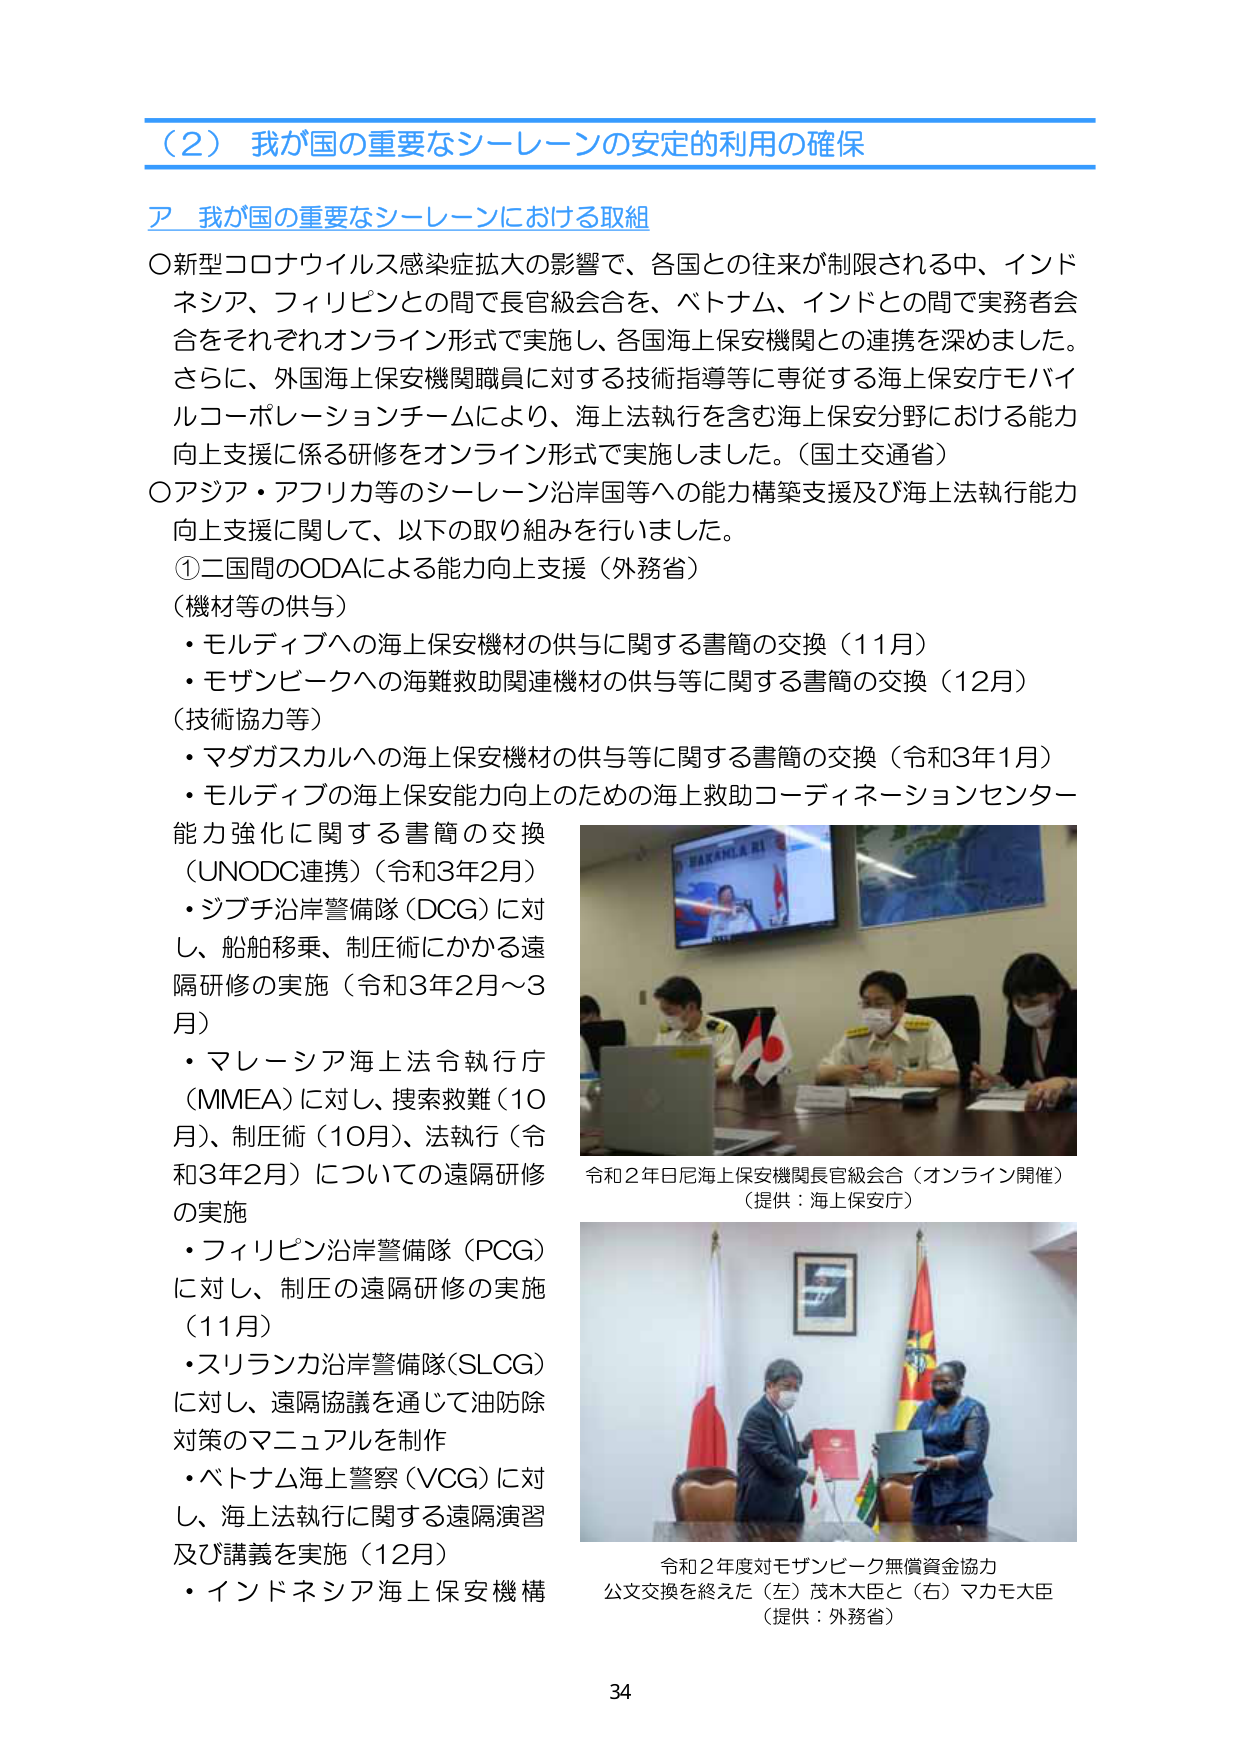
（2）我が国の重要なシーレーンの安定的利用の確保

ア 我が国の重要なシーレーンにおける取組

〇新型コロナウイルス感染症拡大の影響で、各国との往来が制限される中、インドネシア、フィリピンとの間で長官級会合を、ベトナム、インドとの間で実務者会合をそれぞれオンライン形式で実施し、各国海上保安機関との連携を深めました。さらに、外国海上保安機関職員に対する技術指導等に専従する海上保安庁モバイルコーポレーションチームにより、海上法執行を含む海上保安分野における能力向上支援に係る研修をオンライン形式で実施しました。（国土交通省）

〇アジア・アフリカ等のシーレーン沿岸国等への能力構築支援及び海上法執行能力向上支援に関して、以下の取り組みを行いました。

①二国間のODAによる能力向上支援（外務省）

（機材等の供与）
・モルディブへの海上保安機材の供与に関する書簡の交換（11月）
・モザンビークへの海難救助関連機材の供与等に関する書簡の交換（12月）

（技術協力等）
・マダガスカルへの海上保安機材の供与等に関する書簡の交換（令和3年1月）
・モルディブの海上保安能力向上のための海上救助コーディネーションセンター能力強化に関する書簡の交換（UNODC連携）（令和3年2月）
・ジブチ沿岸警備隊（DCG）に対し、船舶移乗、制圧術にかかる遠隔研修の実施（令和3年2月～3月）
・マレーシア海上法令執行庁（MMEA）に対し、捜索救難（10月）、制圧術（10月）、法執行（令和3年2月）についての遠隔研修の実施
・フィリピン沿岸警備隊（PCG）に対し、制圧の遠隔研修の実施（11月）
・スリランカ沿岸警備隊（SLCG）に対し、遠隔協議を通じて油防除対策のマニュアルを制作
・ベトナム海上警察（VCG）に対し、海上法執行に関する遠隔演習及び講義を実施（12月）
・インドネシア海上保安機構

令和2年日尼海上保安機関長官級会合（オンライン開催）
（提供：海上保安庁）

令和2年度対モザンビーク無償資金協力
公文交換を終えた（左）茂木大臣と（右）マカモ大臣
（提供：外務省）

34